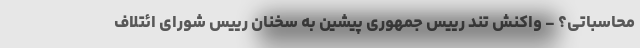
محاسباتی؟ - واکنش تند رییس جمهوری پیشین به سخنان رییس شورای ائتلاف